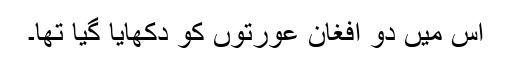
اس ميں دو افغان عورتوں کو دکھايا گيا تھا۔